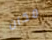
مكان